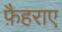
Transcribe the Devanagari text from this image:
फ़ैहराए